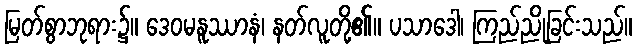
မြတ်စွာဘုရား၌။ ဒေဝမနူဿာနံ၊ နတ်လူတို့၏။ ပသာဒေါ၊ ကြည်ညိုခြင်းသည်။